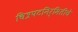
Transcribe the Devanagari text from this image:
चित्रपटनिर्मितीचे